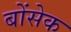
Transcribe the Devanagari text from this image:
बोंसेक